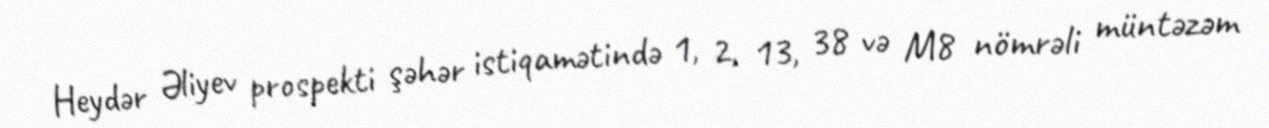
Heydər Əliyev prospekti şəhər istiqamətində 1, 2, 13, 38 və M8 nömrəli müntəzəm